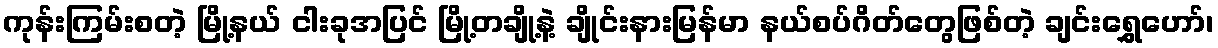
ကုန်းကြမ်းစတဲ့ မြို့နယ် ငါးခုအပြင် မြို့တချို့နဲ့ ချိုင်းနားမြန်မာ နယ်စပ်ဂိတ်တွေဖြစ်တဲ့ ချင်းရွှေဟော်၊